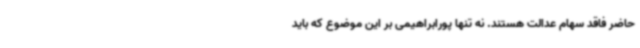
حاضر فاقد سهام عدالت هستند. نه تنها پورابراهیمی بر این موضوع که باید